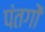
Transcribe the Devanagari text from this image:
पंतगों